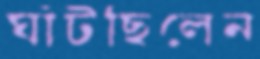
ঘাঁটছিলেন